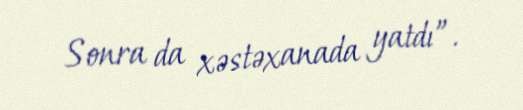
Sonra da xəstəxanada yatdı”.